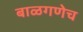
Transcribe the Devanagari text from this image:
बाळगणेच